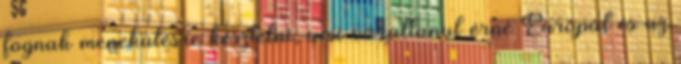
fognak menekülésre késztetni, ami váratlanul érné Európát és az